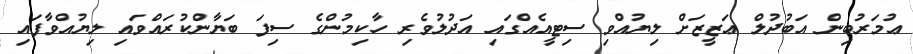
ޢުމަރުބިން އަބުދުލް ޢަޒީޒަށް ލިޔުއްވި ސިޓީއެއްގައި އަދުލުވެރި ހާކިމުންގެ ސިފަ ބަޔާންކުރައްވައި ލިޔުއްވާފައި